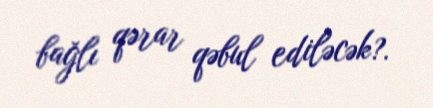
bağlı qərar qəbul ediləcək?.